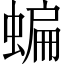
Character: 蝙